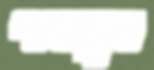
পদ্মমুখ